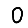
Digit: 0